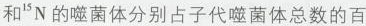
和^{15}N的噬菌体分别占子代噬菌体总数的百